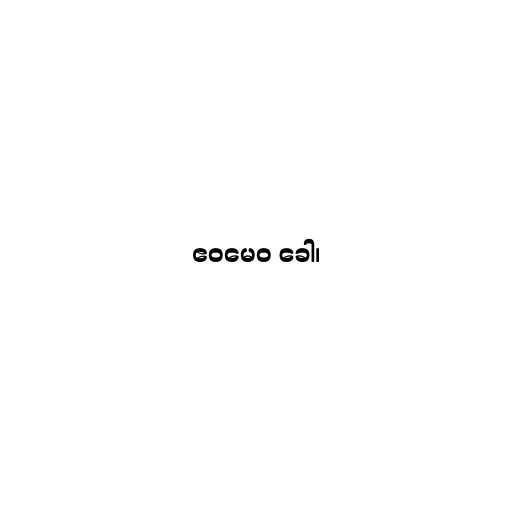
ဧဝမေဝ ခေါ၊